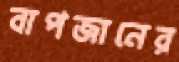
বাপজানের